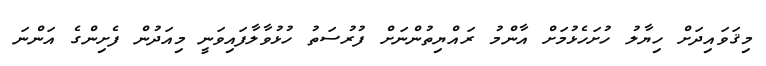
މިޤަވައިދަށް ހިޔާލު ހުށަހެޅުމަށް އާންމު ރައްޔިތުންނަށް ފުރުސަތު ހުޅުވާލާފައިވަނީ މިއަދުން ފެށިންގެ އަންނަ